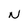
Character: N